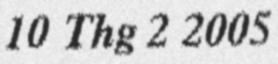
10 Thg 2 2005